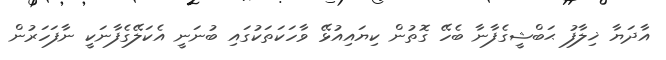
އާދަޔާ ޚިލާފު ޙަބްޝީގެފާނާ ބެހޭ ގޮތުން ކިޔައިއުޅޭ ވާހަކަތަކުގައި ބުނަނީ އެކަލޭގެފާނަކީ ނާފަހަރުން